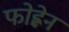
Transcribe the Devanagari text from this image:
फोह्लेन